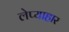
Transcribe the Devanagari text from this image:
लेप्याहार